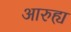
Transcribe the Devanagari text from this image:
आरुह्य